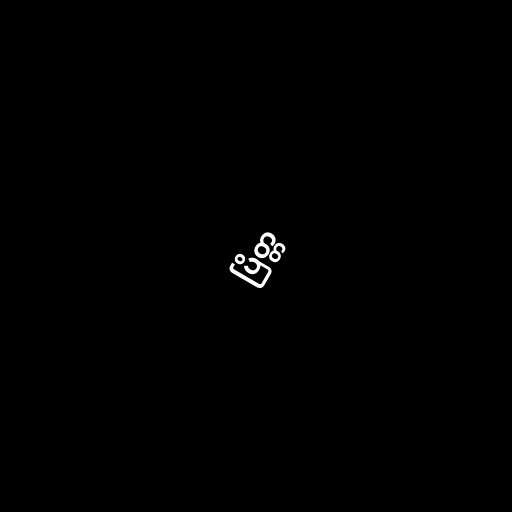
ပြိတ္တ